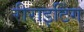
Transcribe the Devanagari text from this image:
रीराइटिंग